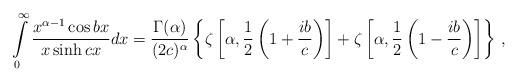
LaTeX: \begin{align*}\int\limits_{0}^{\infty} \frac{x^{\alpha - 1} \cos{bx}}{x\sinh{c x}}dx = \frac{\Gamma (\alpha )}{(2c)^{\alpha}}\left\{ \zeta \left[\alpha ,\frac{1}{2}\left( 1+\frac{ib}{c}\right) \right] + \zeta \left[\alpha ,\frac{1}{2}\left( 1-\frac{ib}{c}\right) \right] \right\}\,,\end{align*}